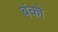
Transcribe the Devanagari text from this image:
बंको